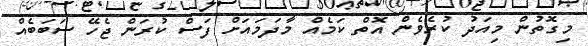
މިގޮތުން މިއަދު ކުރެވެން އޮތް ކަމެއް މާދަމައަށް ފަސް ކުރަން ޖެހޭ ސަބަބެއް